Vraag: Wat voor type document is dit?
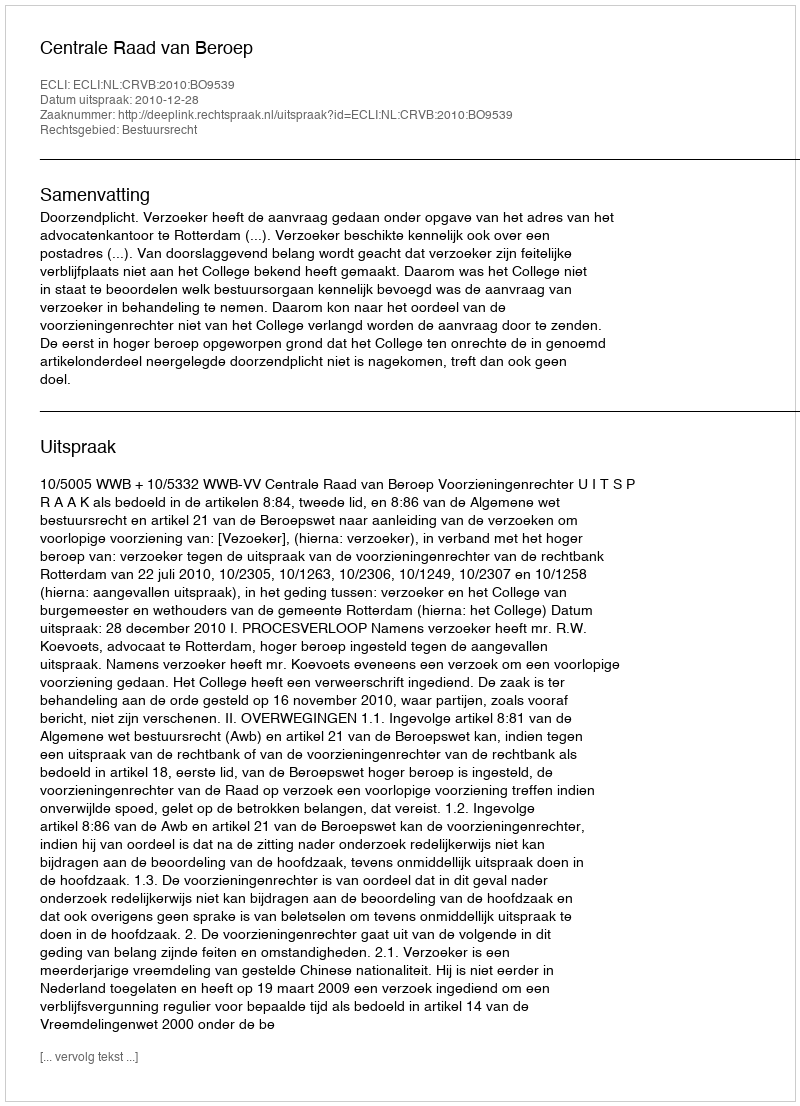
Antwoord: Uitspraak